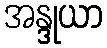
အန္ဒုယာ